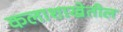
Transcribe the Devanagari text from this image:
कलाशाखेतील